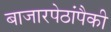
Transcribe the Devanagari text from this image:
बाजारपेठांपैकी